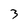
Character: 3